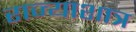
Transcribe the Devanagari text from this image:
राज्याशात्र